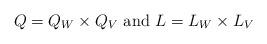
LaTeX: \begin{align*}Q=Q_W\times Q_V \mbox{ and } L=L_W\times L_V\end{align*}